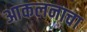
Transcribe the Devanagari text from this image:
आकलनाचा